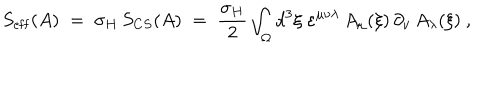
S _ { \mathrm { e f f } } ( A ) \; = \; \sigma _ { H } \, S _ { C S } ( A ) \; = \; \frac { \sigma _ { H } } { 2 } \int _ { \Omega } d ^ { 3 } \xi \; \varepsilon ^ { \mu \nu \lambda } \, A _ { \mu } ( \xi ) \, \partial _ { \nu } \, A _ { \lambda } ( \xi ) ~ ,